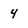
Character: 4